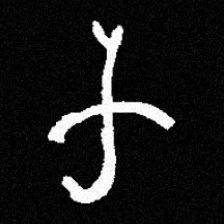
Pyu character \u2014 Myanmar letter: က (romanized: ka)